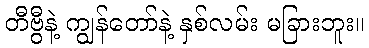
တီဗွီနဲ့ ကျွန်တော်နဲ့ နှစ်လမ်း မခြားဘူး။